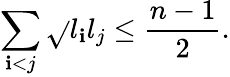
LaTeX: \sum_{\mathbf{i}<j}\sqrt{}{{l_{\mathbf{i}}l_{j}}}\leq\frac{{n-1}}{{2}}.